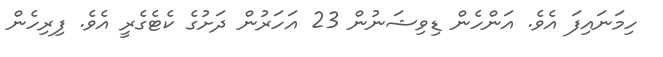
ހިމަނައިފަ އެވެ. އަންހެން ޑިވިޝަނުން 23 އަހަރުން ދަށުގެ ކެޓެގެރީ އެވެ. ފިރިހެން